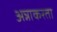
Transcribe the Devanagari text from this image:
अन्नाकरता